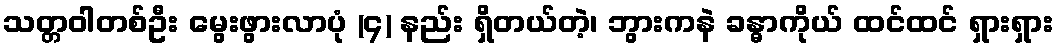
သတ္တဝါတစ်ဦး မွေးဖွားလာပုံ (၄) နည်း ရှိတယ်တဲ့၊ ဘွားကနဲ ခန္ဓာကိုယ် ထင်ထင် ရှားရှား